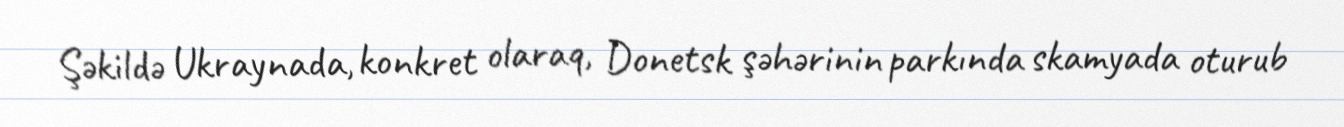
Şəkildə Ukraynada, konkret olaraq, Donetsk şəhərinin parkında skamyada oturub